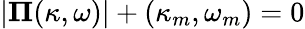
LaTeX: |\mathbf{\Pi}(\kappa,\omega)|+(\kappa_{m},\omega_{m})=0